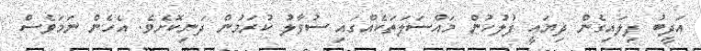
އަދީބު ފިލައިގެން ދިޔައީ ފުލުހުން މައްސަލަތަކެއްގައި ސުވާލު ކުރަމުން ދަނިކޮށެވެެ. އެހެން ނަމަވެސް